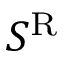
S ^ { \mathrm { R } }